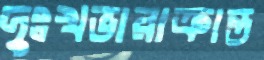
দুঃখভারাক্রান্ত